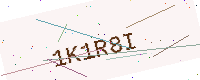
Text: 1K1R8I